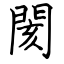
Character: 閡